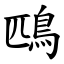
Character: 鴄